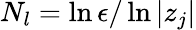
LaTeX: N_{l}=\ln\epsilon/\ln|z_{j}|